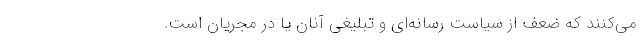
می‌كنند كه ضعف از سیاست رسانه‌ای و تبلیغی آنان یا در مجریان است.